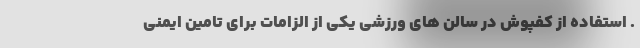
. استفاده از کفپوش در سالن های ورزشی یکی از الزامات برای تامین ایمنی